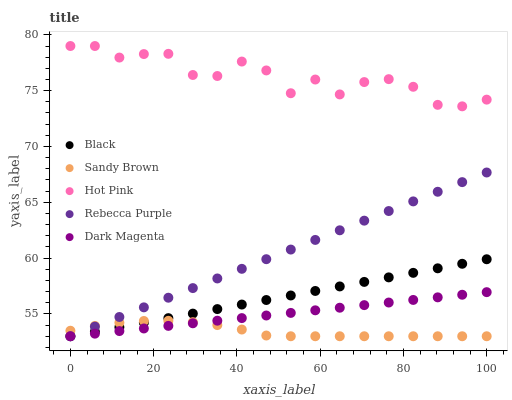
| xaxis_label | Black | Sandy Brown | Hot Pink | Rebecca Purple | Dark Magenta |
 | --- | --- | --- | --- | --- | --- |
 | 0 | 53 | 53.5 | 79 | 53 | 53 |
 | 5.88 | 53.4 | 53.9 | 79 | 53.9 | 53.2 |
 | 11.8 | 53.8 | 54.2 | 78 | 54.7 | 53.5 |
 | 17.6 | 54.2 | 54.4 | 78.3 | 55.6 | 53.7 |
 | 23.5 | 54.6 | 54.4 | 78.3 | 56.5 | 53.9 |
 | 29.4 | 55 | 54.3 | 76.4 | 57.3 | 54.2 |
 | 35.3 | 55.4 | 54 | 76.3 | 58.2 | 54.4 |
 | 41.2 | 55.8 | 53.6 | 77.6 | 59 | 54.6 |
 | 47.1 | 56.2 | 53.1 | 76.8 | 59.9 | 54.9 |
 | 52.9 | 56.7 | 53 | 74.8 | 60.8 | 55.1 |
 | 58.8 | 57.1 | 53 | 76 | 61.6 | 55.3 |
 | 64.7 | 57.5 | 53 | 74.7 | 62.5 | 55.6 |
 | 70.6 | 57.9 | 53 | 75.8 | 63.4 | 55.8 |
 | 76.5 | 58.3 | 53 | 76 | 64.2 | 56 |
 | 82.4 | 58.7 | 53 | 75.3 | 65.1 | 56.3 |
 | 88.2 | 59.1 | 53 | 73.7 | 65.9 | 56.5 |
 | 94.1 | 59.5 | 53 | 73.6 | 66.8 | 56.7 |
 | 100 | 59.9 | 53 | 74.2 | 67.7 | 56.9 |